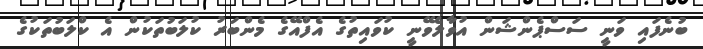
ބުނެފައި ވަނީ ސަސްޕެންޝަން އުވާލެވޭނީ ކުވައިތުގެ އެފްއޭގެ މެންބަރު ކުލަބުތަކުން އެ ކްލަބުތަކުގެ